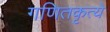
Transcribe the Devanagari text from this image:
गणितकृत्ये